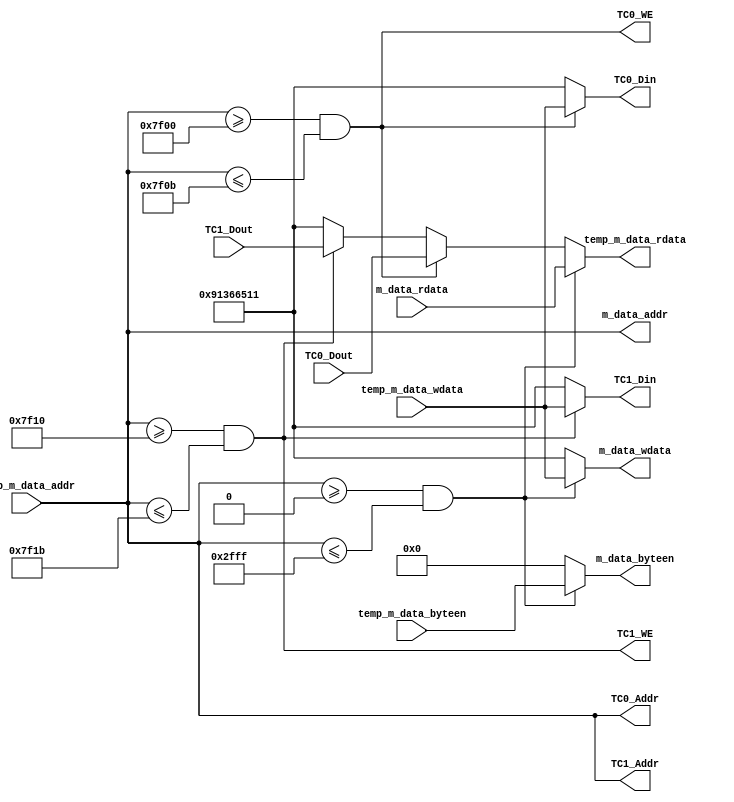
`timescale 1ns / 1ps
//-----------------------------------------------------------------------------------------------------------------


//--------------------------------------------------------------------------------------------------------
module Bridge(
    input [31:0] m_data_rdata,
    output [31:0] m_data_addr,
    output [31:0] m_data_wdata,
    output [3:0] m_data_byteen,

    input [31:0] temp_m_data_addr,
    input [31:0] temp_m_data_wdata,
    input [3:0] temp_m_data_byteen,    
    output [31:0] temp_m_data_rdata,

    input [31:0] TC0_Dout,
    output [31:0] TC0_Din,
    output [31:0] TC0_Addr,
    output TC0_WE,

    input [31:0] TC1_Dout,
    output [31:0] TC1_Din,
    output [31:0] TC1_Addr,
    output TC1_WE 
    );
//-----------------------------------------------------------------------------------------------------------------------


//bridge------------------------------------------------------------------------------------------------------------------
    wire sel_TC0 = (temp_m_data_addr >= 32'H0000_7F00) & (temp_m_data_addr <= 32'H0000_7F0B);
    wire sel_TC1 = (temp_m_data_addr >= 32'H0000_7F10) & (temp_m_data_addr <= 32'H0000_7F1B);
    wire sel_DM = (temp_m_data_addr >= 32'H0000_0000) & (temp_m_data_addr <= 32'H0000_2FFF);

    assign m_data_wdata = (sel_DM) ? temp_m_data_wdata : 32'H9136_6511;
    assign m_data_addr = temp_m_data_addr;
    assign m_data_byteen = (sel_DM) ? temp_m_data_byteen : 4'b0000;

    assign temp_m_data_rdata = (sel_DM) ? m_data_rdata :
                               (sel_TC0) ? TC0_Dout :
                               (sel_TC1) ? TC1_Dout :
                                           32'H9136_6511;

    assign TC0_Din = (sel_TC0) ? temp_m_data_wdata : 32'H9136_6511;
    assign TC0_Addr = temp_m_data_addr;
    assign TC0_WE = sel_TC0;

    assign TC1_Din = (sel_TC1) ? temp_m_data_wdata : 32'H9136_6511;
    assign TC1_Addr = temp_m_data_addr;
    assign TC1_WE = sel_TC1;
//------------------------------------------------------------------------------------------------------------------------


endmodule